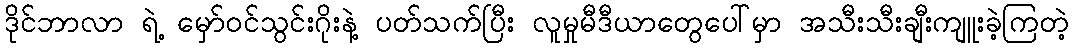
ဒိုင်ဘာလာ ရဲ့ မှော်ဝင်သွင်းဂိုးနဲ့ ပတ်သက်ပြီး လူမှုမီဒီယာတွေပေါ်မှာ အသီးသီးချီးကျူးခဲ့ကြတဲ့